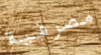
مصرفية